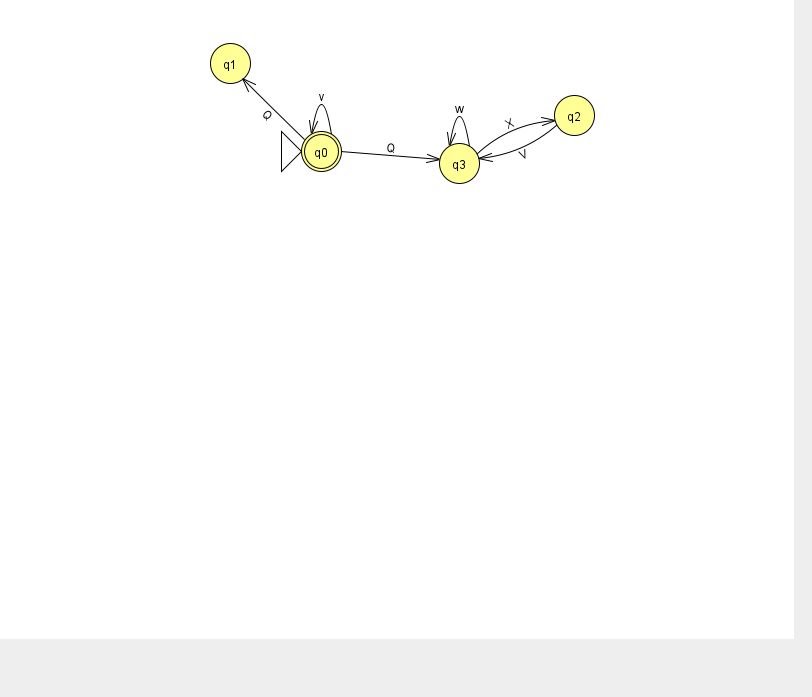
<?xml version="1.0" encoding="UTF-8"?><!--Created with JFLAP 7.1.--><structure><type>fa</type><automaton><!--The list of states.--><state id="0" name="q0"><x>321.0</x><y>138.0</y><initial/><final/></state><state id="1" name="q1"><x>230.0</x><y>50.0</y></state><state id="2" name="q2"><x>574.0</x><y>102.0</y></state><state id="3" name="q3"><x>459.0</x><y>150.0</y></state><!--The list of transitions.--><transition><from>3</from><to>2</to><read>X</read></transition><transition><from>0</from><to>1</to><read>Q</read></transition><transition><from>0</from><to>0</to><read>v</read></transition><transition><from>3</from><to>3</to><read>w</read></transition><transition><from>0</from><to>3</to><read>Q</read></transition><transition><from>2</from><to>3</to><read>V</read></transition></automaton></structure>